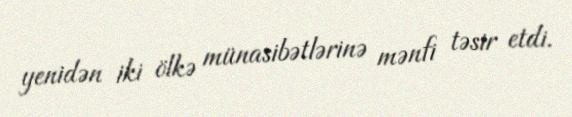
yenidən iki ölkə münasibətlərinə mənfi təsir etdi.